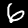
Label: 6